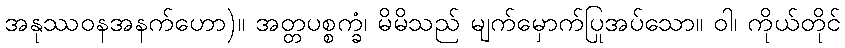
အနုဿဝနအနက်ဟော)။ အတ္တပစ္စက္ခံ၊ မိမိသည် မျက်မှောက်ပြုအပ်သော။ ဝါ၊ ကိုယ်တိုင်